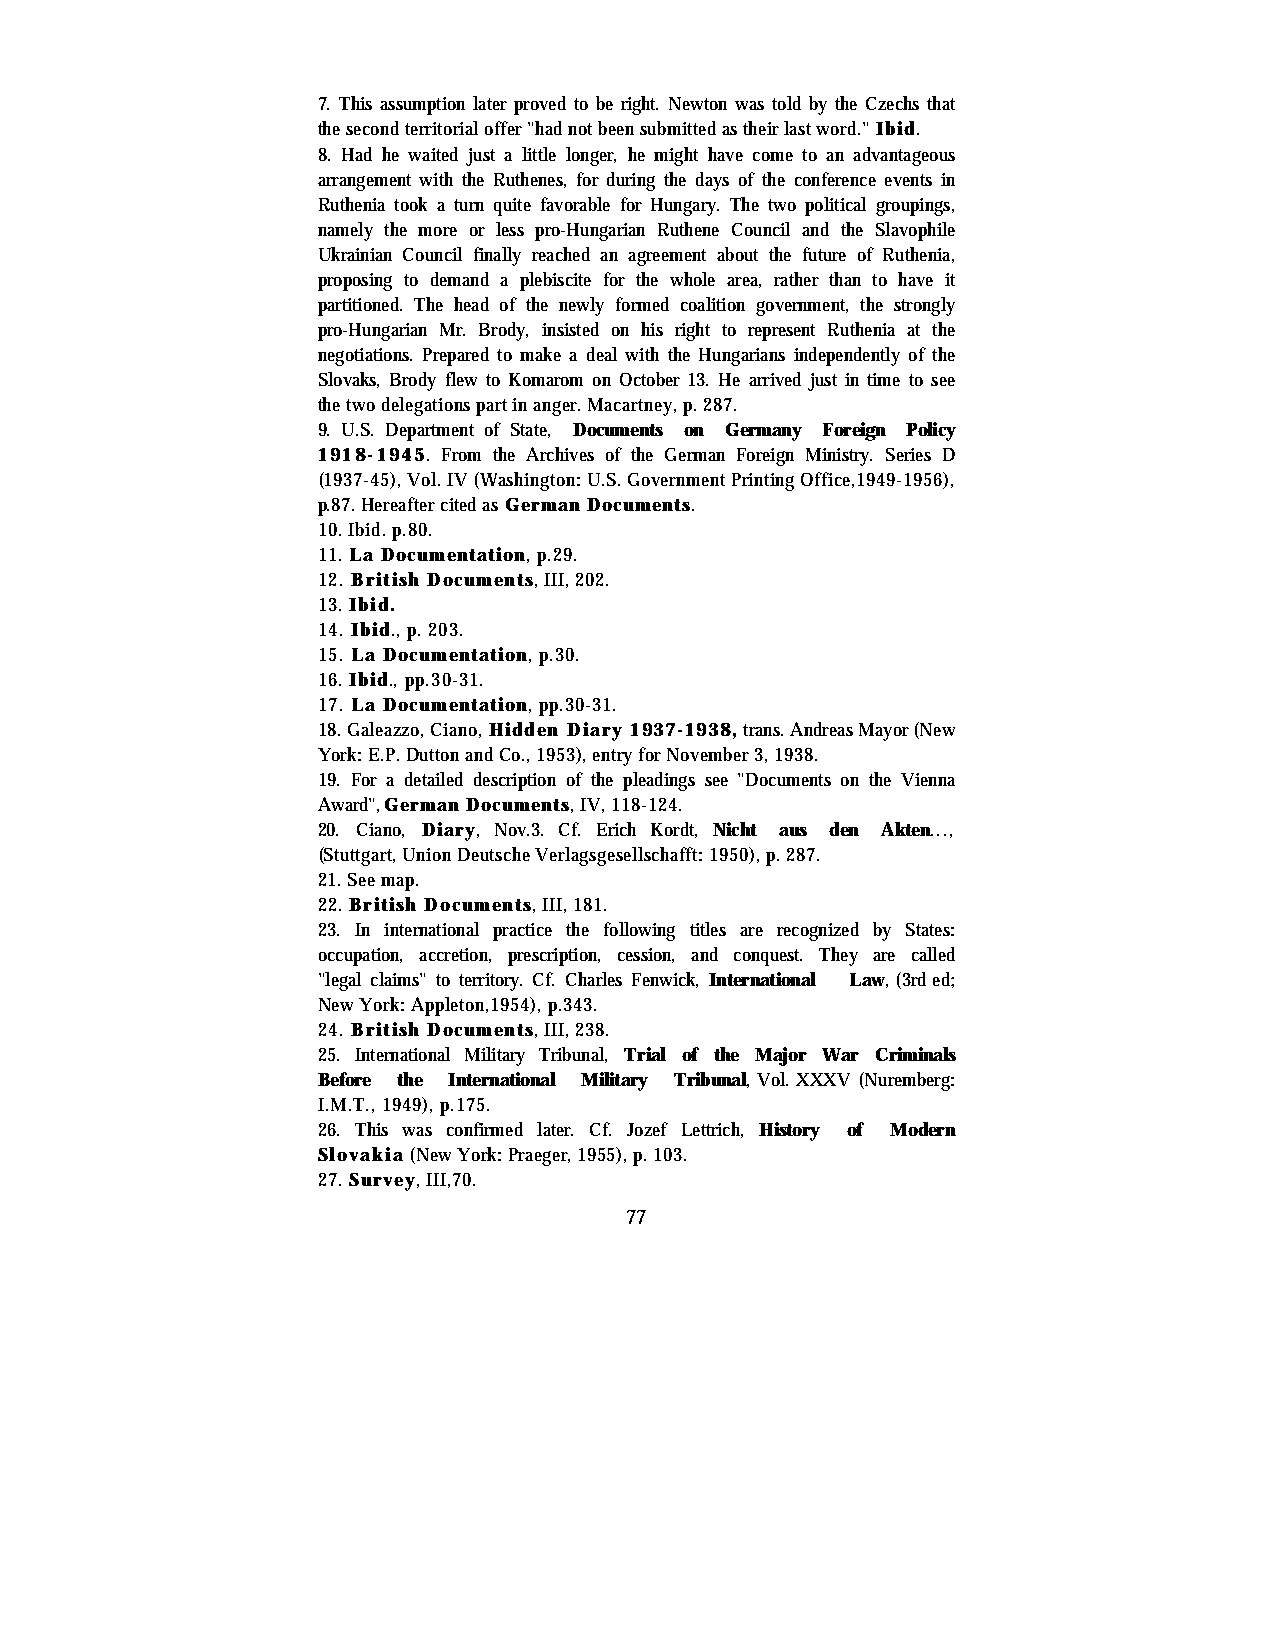
7. This assumption later proved to be right. Newton was told by the Czechs that
 the second territorial offer "had not been submitted as their last word." Ibid.
 8. Had he waited just a little longer, he might have come to an advantageous
 arrangement with the Ruthenes, for during the days of the conference events in
 Ruthenia took a turn quite favorable for Hungary. The two political groupings,
 namely the more or less pro-Hungarian Ruthene Council and the Slavophile
 Ukrainian Council finally reached an agreement about the future of Ruthenia,
 proposing to demand a plebiscite for the whole area, rather than to have it
 partitioned. The head of the newly formed coalition government, the strongly
 pro-Hungarian Mr. Brody, insisted on his right to represent Ruthenia at the
 negotiations. Prepared to make a deal with the Hungarians independently of the
 Slovaks, Brody flew to Komarom on October 13. He arrived just in time to see
 the two delegations part in anger. Macartney, p. 287.
 9. U.S. Department of State, Documents on Germany Foreign Policy
 1918-1945. From the Archives of the German Foreign Ministry. Series D
 (1937-45), Vol. IV (Washington: U.S. Government Printing Office,1949-1956),
 p.87. Hereafter cited as German Documents.
 10. Ibid. p.80.
 11. La Documentation, p.29.
 12. British Documents, III, 202.
 13. Ibid.
 14. Ibid., p. 203.
 15. La Documentation, p.30.
 16. Ibid., pp.30-31.
 17. La Documentation, pp.30-31.
 18. Galeazzo, Ciano, Hidden Diary 1937-1938, trans. Andreas Mayor (New
 York: E.P. Dutton and Co., 1953), entry for November 3, 1938.
 19. For a detailed description of the pleadings see "Documents on the Vienna
 Award", German Documents, IV, 118-124.
 20. Ciano, Diary, Nov.3. Cf. Erich Kordt, Nicht aus den Akten...,
 (Stuttgart, Union Deutsche Verlagsgesellschafft: 1950), p. 287.
 21. See map.
 22. British Documents, III, 181.
 23. In international practice the following titles are recognized by States:
 occupation, accretion, prescription, cession, and conquest. They are called
 "legal claims" to territory. Cf. Charles Fenwick, International Law, (3rd ed;
 New York: Appleton,1954), p.343.
 24. British Documents, III, 238.
 25. International Military Tribunal, Trial of the Major War Criminals
 Before the International Military Tribunal, Vol. XXXV (Nuremberg:
 I.M.T., 1949), p.175.
 26. This was confirmed later. Cf. Jozef Lettrich, History of Modern
 Slovakia (New York: Praeger, 1955), p. 103.
 27. Survey, III,70.
 77